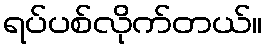
ရပ်ပစ်လိုက်တယ်။